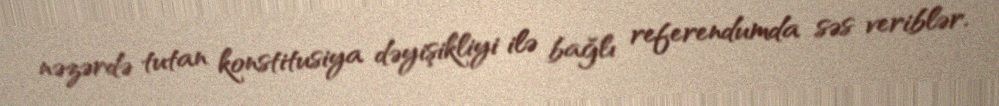
nəzərdə tutan konstitusiya dəyişikliyi ilə bağlı referendumda səs veriblər.